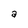
Character: a